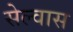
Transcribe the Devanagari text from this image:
सेल्वास